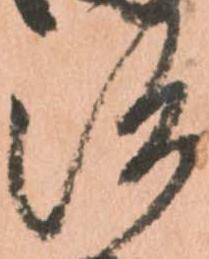
治